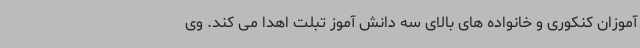
آموزان کنکوری و خانواده های بالای سه دانش آموز تبلت اهدا می کند. وی